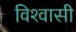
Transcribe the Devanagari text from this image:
विश्‍वासी